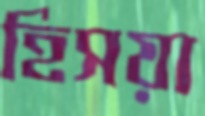
হিসয়া